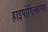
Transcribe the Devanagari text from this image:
हाइपोगिल्केमिया